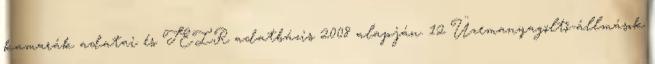
kamarák adatai és TEIR adatbázis 2008 alapján. 12 Üzemanyagöltő-állmások